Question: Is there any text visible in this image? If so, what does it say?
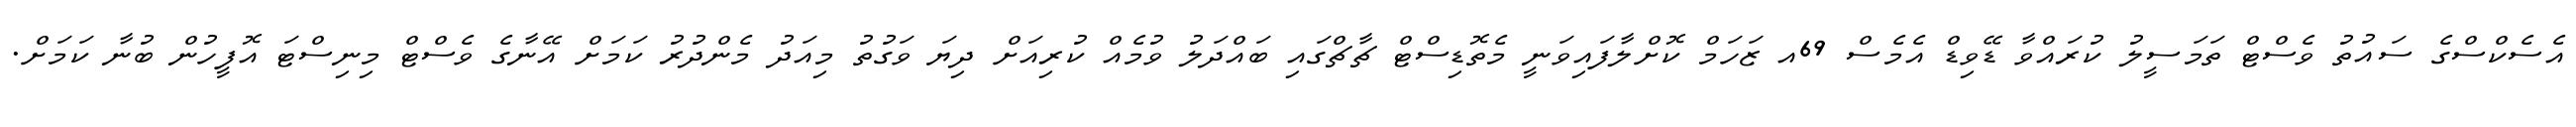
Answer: އެސެކްސްގެ ސައުތު ވެސްޓް ތަމަސީލު ކުރައްވާ ޑޭވިޑް އެމެސް 69އ ޒަހަމް ކޮށްލާފައިވަނީ މެތޮޑިސްޓް ޗާޗްގައި ބައްދަލު ވުމެއް ކުރިއަށް ދިޔަ ވަގުތު މިއަދު މެންދުރު ކަމަށް އޭނާގެ ވެސްޓް މިނިސްޓަ އޮފީހުން ބުނާ ކަމަށް.